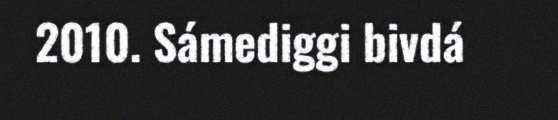
2010. Sámediggi bivdá